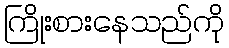
ကြိုးစားနေသည်ကို